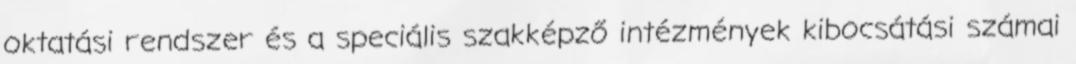
oktatási rendszer és a speciális szakképző intézmények kibocsátási számai